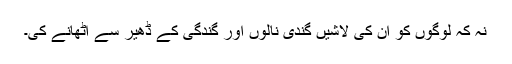
نہ کہ لوگوں کو ان کی لاشیں گندی نالوں اور گندگی کے ڈھیر سے اٹھانے کی۔